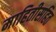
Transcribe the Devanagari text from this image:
माहितीसहित